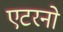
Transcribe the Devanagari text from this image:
एटरनो